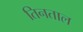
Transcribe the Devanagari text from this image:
तिनताल